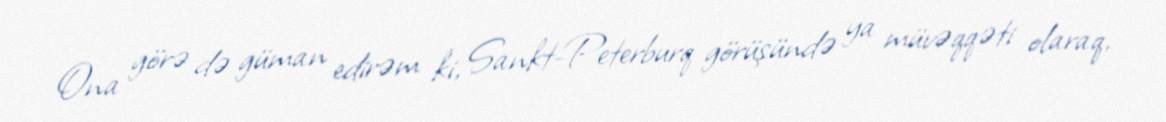
Ona görə də güman edirəm ki, Sankt-Peterburq görüşündə ya müvəqqəti olaraq,